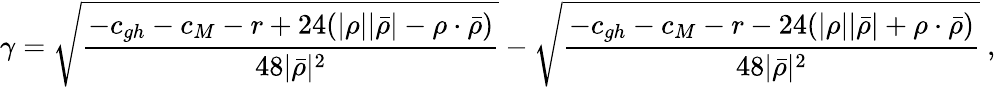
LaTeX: \gamma=\sqrt{\frac{-c_{gh}-c_{M}-r+24(|\rho||\bar{\rho}|-\rho\cdot\bar{\rho})}{48|\bar{\rho}|^{2}}}-\sqrt{\frac{-c_{gh}-c_{M}-r-24(|\rho||\bar{\rho}|+\rho\cdot\bar{\rho})}{48|\bar{\rho}|^{2}}}~,